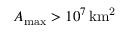
\ensuremath { A _ { \mathrm { m a x } } } > 1 0 ^ { 7 } \, \ensuremath { \mathrm { k m ^ { 2 } } }